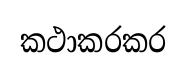
කථාකරකර